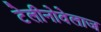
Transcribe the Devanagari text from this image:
टेलीनोवेलाज